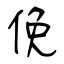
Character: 俛